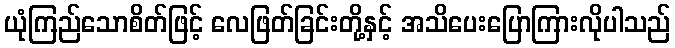
ယုံကြည်သောစိတ်ဖြင့် လေဖြတ်ခြင်းတို့နှင့် အသိပေးပြောကြားလိုပါသည်